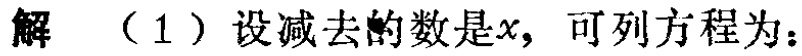
解 （1）设减去的数是\(x\)，可列方程为：